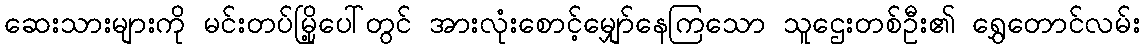
ဆေးသားများကို မင်းတပ်မြို့ပေါ်တွင် အားလုံးစောင့်မျှော်နေကြသော သူဌေးတစ်ဦး၏ ရွှေတောင်လမ်း